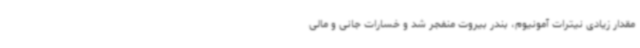
مقدار زیادی نیترات آمونیوم، بندر بیروت منفجر شد و خسارات جانی و مالی